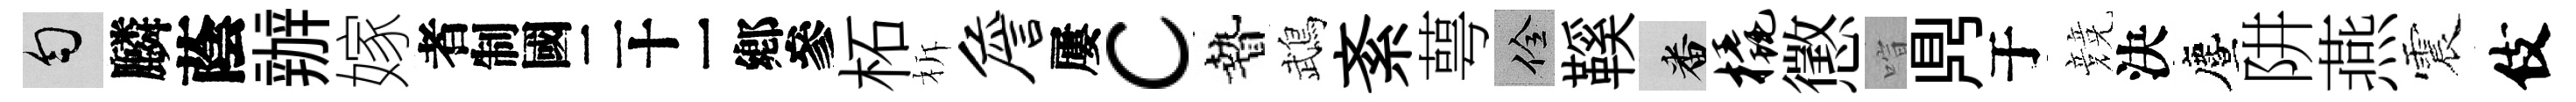
匀麟蔭辦嫁识柘柝詹屢c贄鵡紊萼佺鞵番橇懲喧𪔂于競決󵨌阱燕震伎